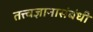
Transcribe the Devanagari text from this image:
तत्त्वज्ञानासंबंधी